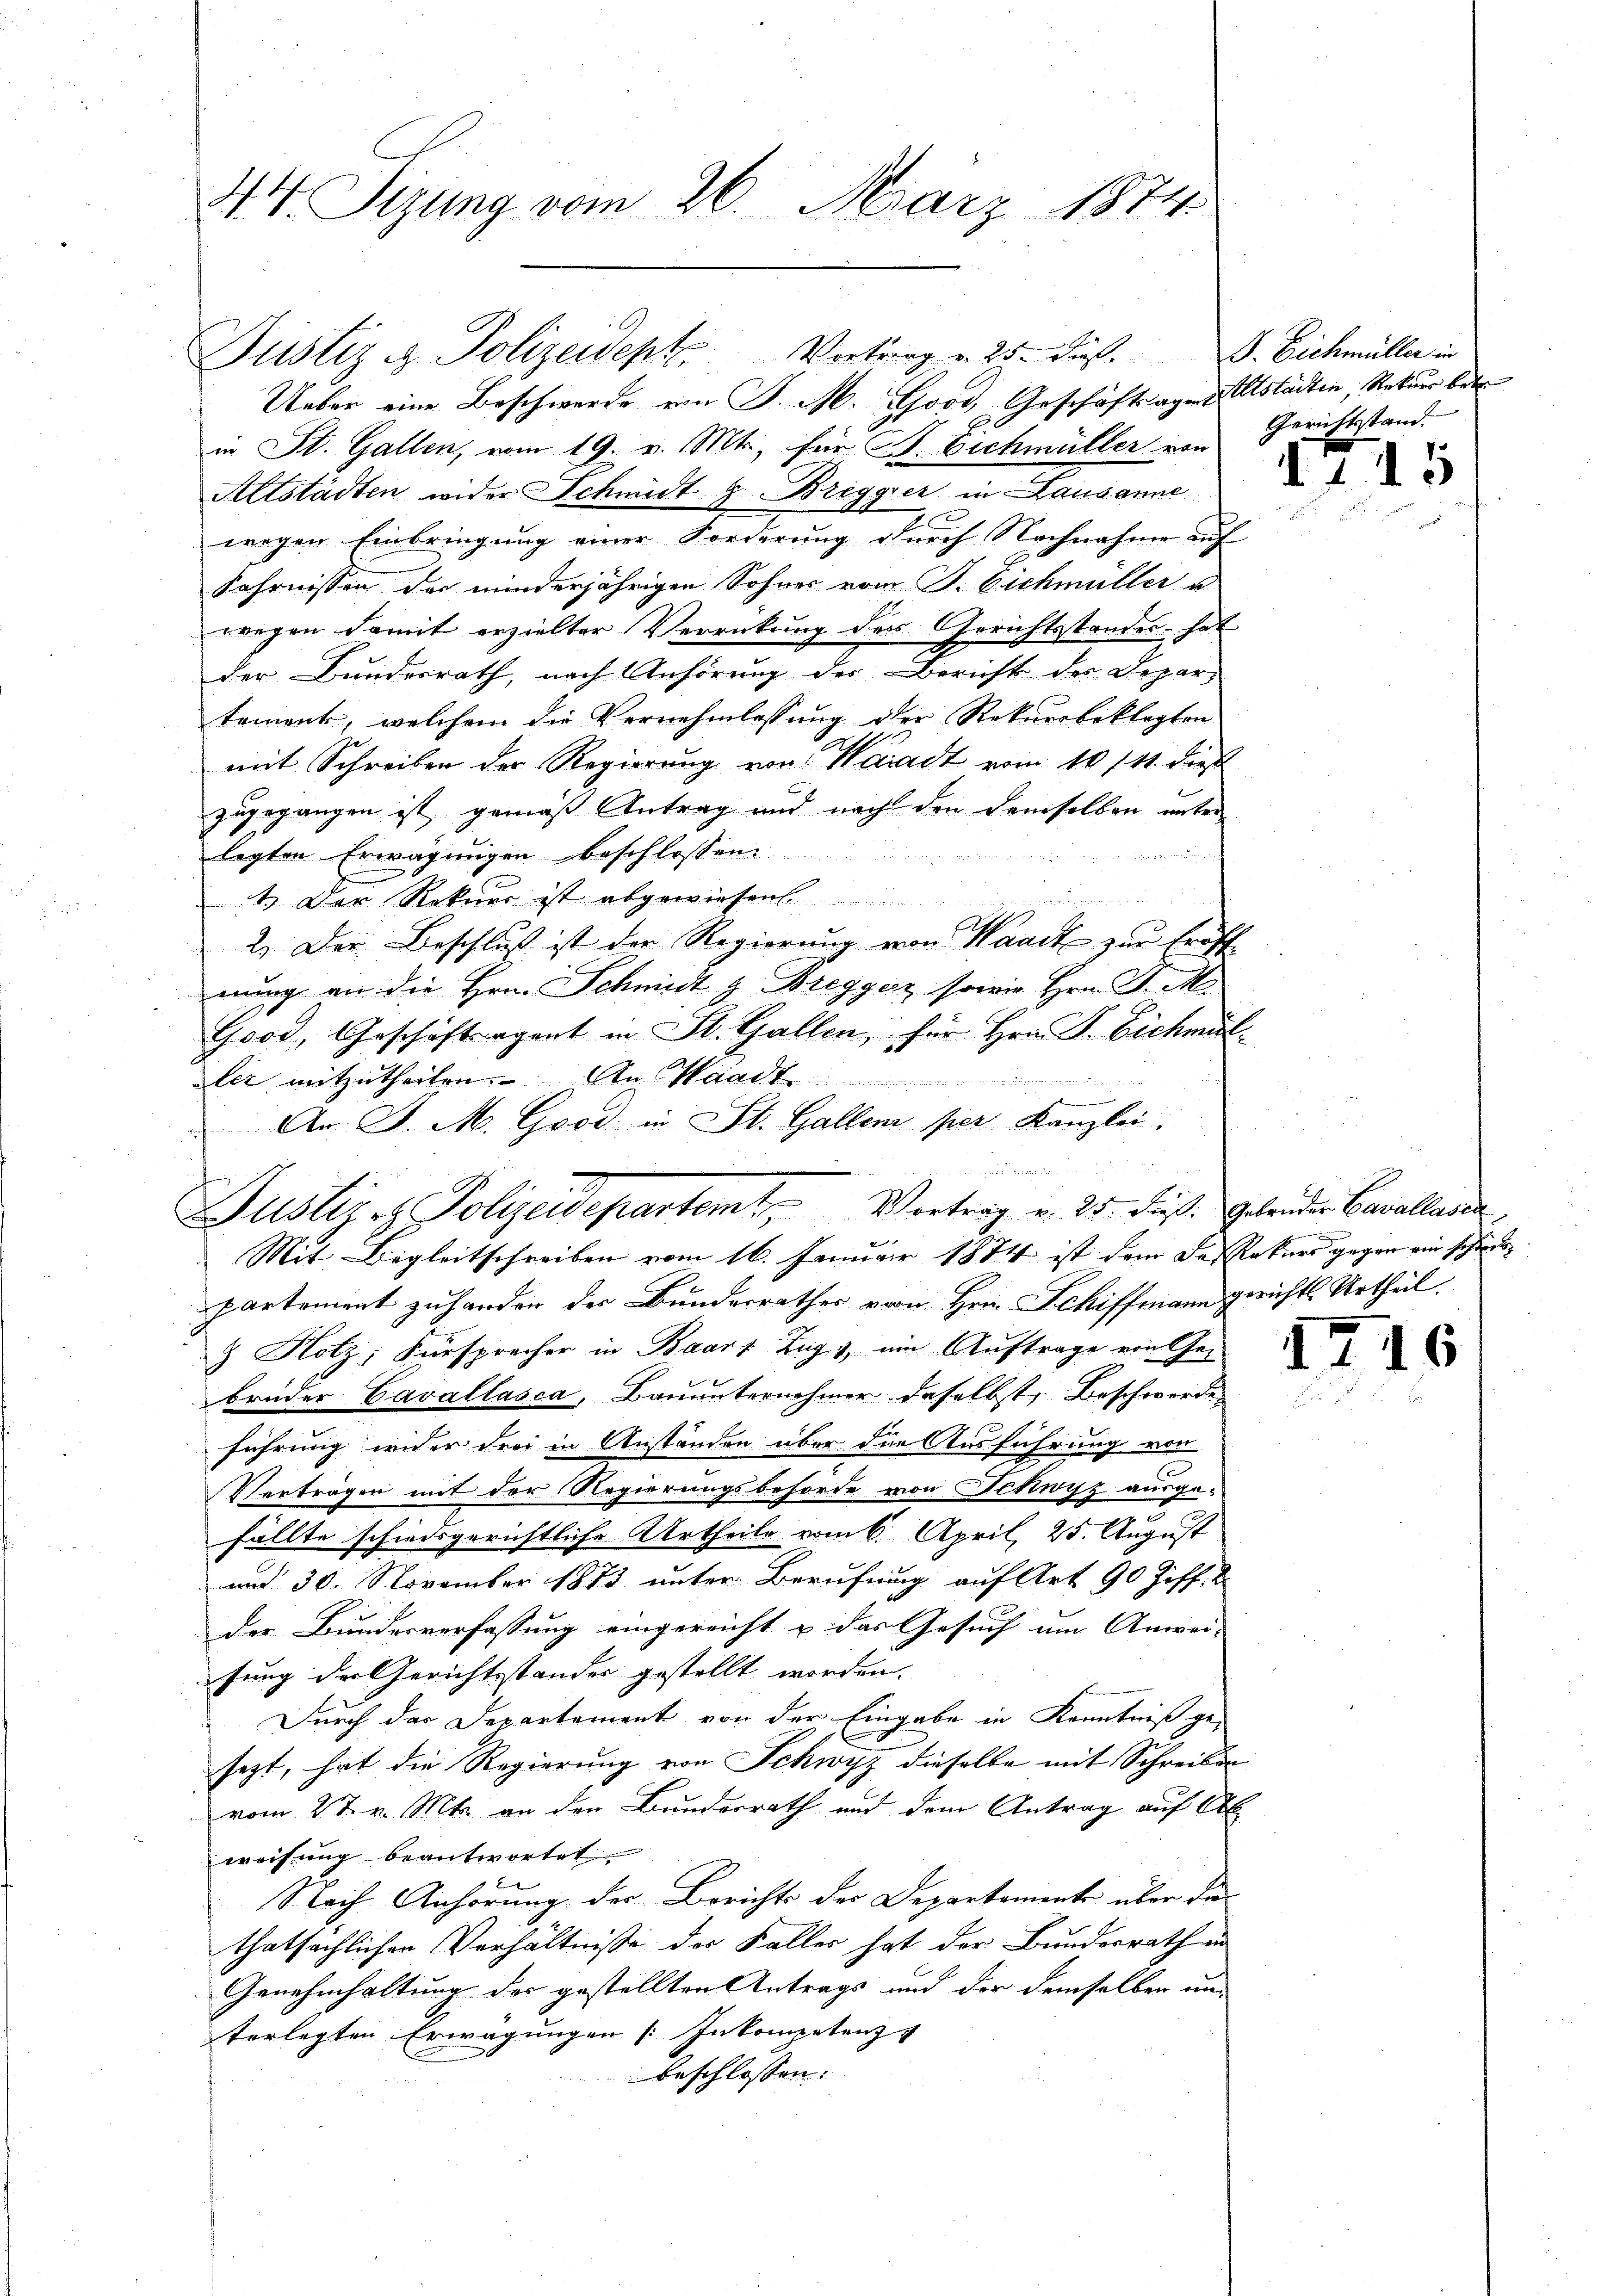
44. Sizung vom 26. März 1874

Ueber eine Beschwerde von P. M. Good, Geschäftsagen Altstadten, Rekurs betr
in St. Gallen, vom 19. v. Mts. für B. Eichmüller von
Altstädten wider Schmidt g Bregger in Lausanne
xx
wegen Einbringung einer Forderung durch Nachnahme auf
Fahrnissen der minderjährigen Sohnes vom P. Eichmüller u
wegen damit erzielter Verrückung des Gerichtsstandes - hat
der Bundesrath, nach Anhörung des Bericht der Departament, welchem die Vernehmlassŭng der Rekursbeklagten
mit Schreiben der Regierung von Waadt vom 10. 111. dieß
zugegangen ist, gemäß Antrag und nach den demselben unter
legten Erwägungen beschlossen:

1.) Der Rekurs ist abgewiesen.
2.) Der Beschluß ist der Regierung von Waadt zur Eröff
nung an die Hrn. Schmidt z. Bregger, sowie Hrn. J. M.
Good, Geschäftsagent in St. Gallen, für Hrn. P. Eichmäl
ler mitzutheilen. An Waadt
An. J. M. Good in St. Gallenz per Kanzlei,

Justiz & Polizeidept, Vortrag v. 25. Fuß. Eichmüller in

h
Justizrz Polizeidepartem Vertrag v. 25. Fuß. Geleider Cavalladen,
 Mit Begleitschreiben vom 16. Januar 1874 ist dem der Rekurs gegen ein schieder

Gerichtsstand.

partement zu handen der Bunderrathes vom Hrn. Schiffmann gerichts Urtheil
& Holz, Fürsprecher in Baars Zug, ein Auftrage ein Gebrüder Cavallasca, Bauunternehmer daselbst, Beschwerde
führung wider drei in Anständen über die Ausführung von
Verträgen mit der Regierungsbehörde von Schwyz ausgefällte schiedsgerichtliche Urtheile vom 6. April 25. August
und 30. November 1873 unter Berufung auf Art 90 Ziff. 2
der Bundesverfassung eingereicht u. das Gesuch um Anwei-
sung der Gerichtsstander gestellt worden.
Durch der Departement von der Eingabe in Kenntniß gesezt, hat die Regierung von Schwyz dieselbe mit Schreiben
vom 27. v. Mts. an den Bunderrath und dem Antrag auf Ab
weisung beantwortet
Nach Anhörung der Berichts der Departemente über das
thatsächlichen Verhältnisse der Faller hat der Bundesrath in
Genehmhaltung des gestellten Antrags und der demselben und
terlegten Erwägungen (Inkompetenz
beschlossen:

.

4

15

¬

s

s